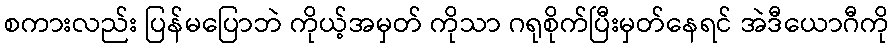
စကားလည်း ပြန်မပြောဘဲ ကိုယ့်အမှတ် ကိုသာ ဂရုစိုက်ပြီးမှတ်နေရင် အဲဒီယောဂီကို